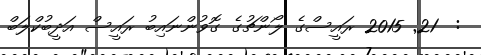
:  21